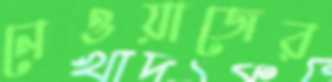
নেওয়াজের